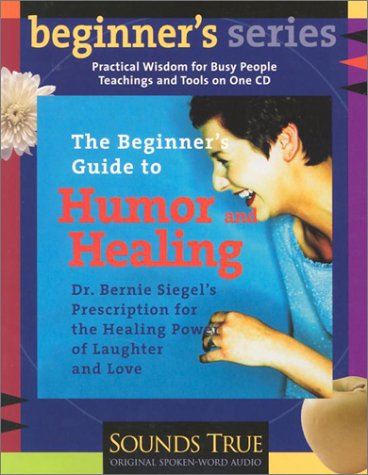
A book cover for The Beginner's Guide to Humor and Healing; Bernie S. Siegel; Humor & Entertainment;